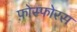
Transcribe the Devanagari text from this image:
फ़ोस्फोरस